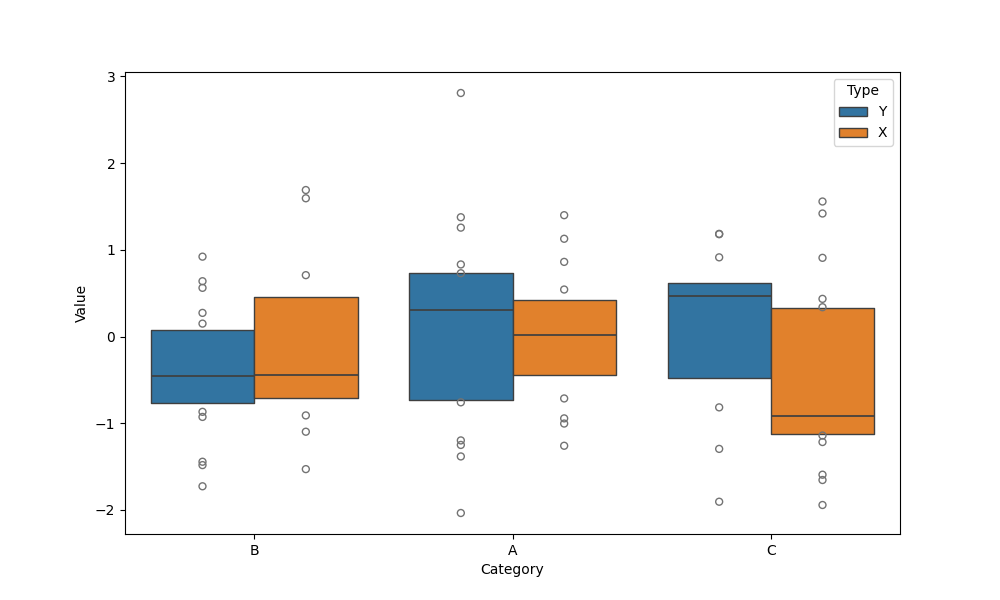
python, seaborn, boxenplot, k_depth='tukey', linewidth=1, scale='exponential', outlier_prop=0.1, showfliers=True